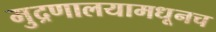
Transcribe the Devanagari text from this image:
मुद्रणालयामधूनच